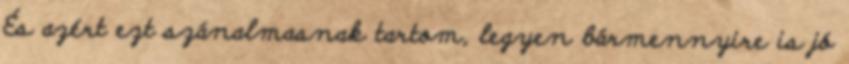
És azért ezt szánalmasnak tartom, legyen bármennyire is jó